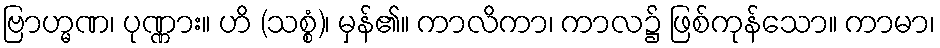
ဗြာဟ္မဏ၊ ပုဏ္ဏား။ ဟိ (သစ္စံ)၊ မှန်၏။ ကာလိကာ၊ ကာလ၌ ဖြစ်ကုန်သော။ ကာမာ၊